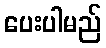
ပေးပါမည်